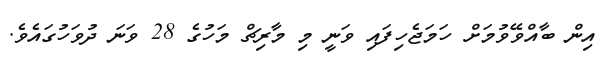
އިން ބާއްވޭވުމަށް ހަމަޖެހިފައި ވަނީ މި މާރިޗް މަހުގެ 28 ވަނަ ދުވަހުގައެވެ.